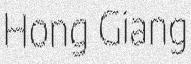
Hong Giang